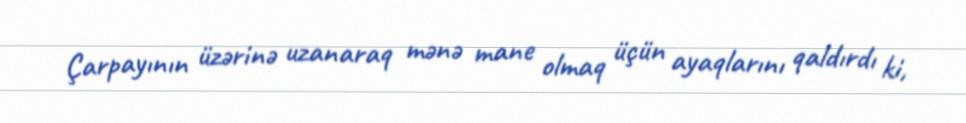
Çarpayının üzərinə uzanaraq mənə mane olmaq üçün ayaqlarını qaldırdı ki,